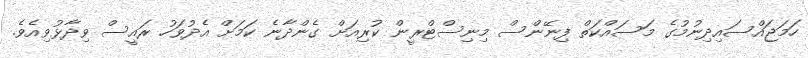
ހަމަޖައްސައިދިނުމުގެ މަސައްކަތް ފިނޭންސް މިނިސްޓްރީން ކުރިއަށް ގެންދާނެ ކަމަށް އެދުވަހު ރައީސް ވިދާޅުވިއެވެ.